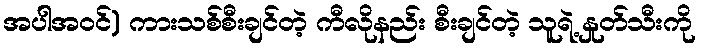
အပါအဝင်) ကားသစ်စီးချင်တဲ့ ကီလိုနည်း စီးချင်တဲ့ သူရဲ့ နှုတ်သီးကို